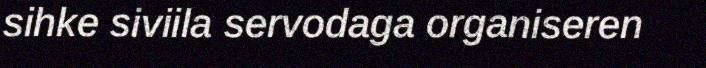
sihke siviila servodaga organiseren